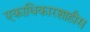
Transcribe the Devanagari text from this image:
एकाधिकारशाहीस